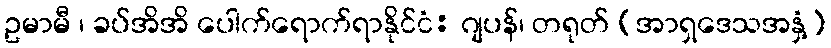
ဥမာမီ ၊ ခပ်အိအိ ပေါက်ရောက်ရာနိုင်ငံ: ဂျပန်၊ တရုတ် (အာရှဒေသအနှံ့)